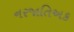
નરજાતિઅક